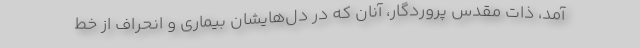
آمد، ذات مقدس پروردگار، آنان که در دل‌هایشان بیماری و انحراف از خط